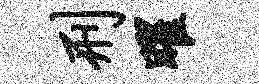
刑曜